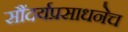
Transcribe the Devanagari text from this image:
सौंदर्यप्रसाधनेच